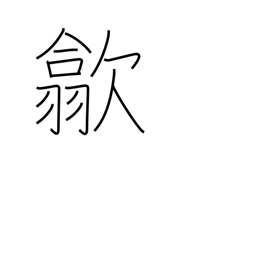
Meaning: put away